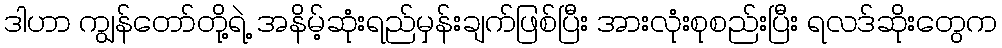
ဒါဟာ ကျွန်တော်တို့ရဲ့ အနိမ့်ဆုံးရည်မှန်းချက်ဖြစ်ပြီး အားလုံးစုစည်းပြီး ရလဒ်ဆိုးတွေက